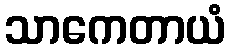
သာကေတာယံ